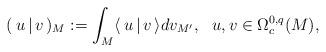
LaTeX: \begin{align*}(\,u\,|\,v\,)_{M}:=\int_M\langle\,u\,|\,v\,\rangle dv_{M'},\ \ u, v\in\Omega^{0,q}_c(M),\end{align*}